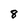
Character: 8